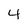
Character: 4